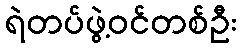
ရဲတပ်ဖွဲ့ဝင်တစ်ဦး